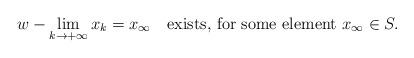
LaTeX: \begin{align*}w-\lim_{k\to+\infty}x_k=x_{\infty}\ \ \mbox{ exists, for some element }x_{\infty}\in S.\end{align*}